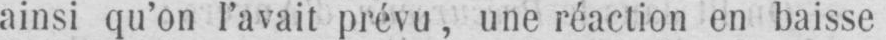
ainsi qu’on l’avait prévu, une réaction en baisse